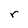
Character: r